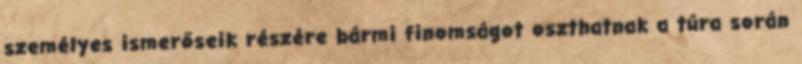
személyes ismerőseik részére bármi finomságot oszthatnak a túra során